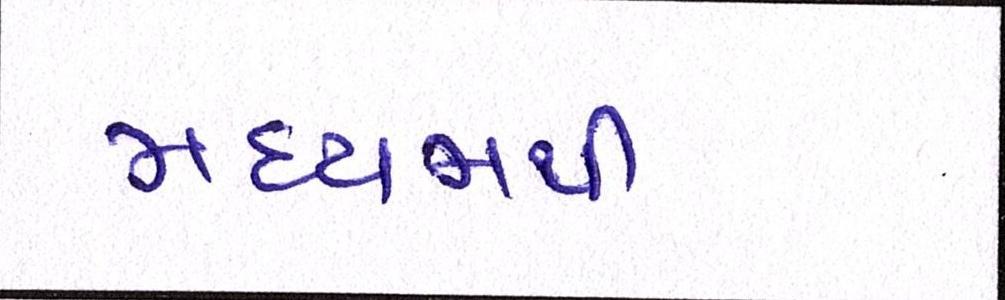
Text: મધ્યમથી